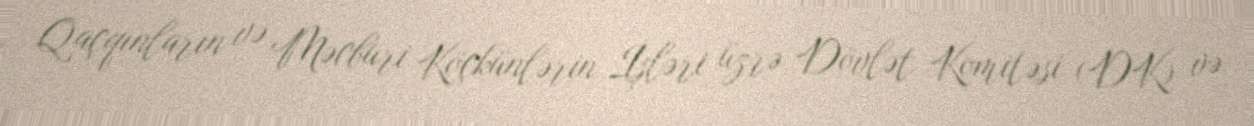
Qaçqınların və Məcburi Köçkünlərin İşləri üzrə Dövlət Komitəsi (DK) və